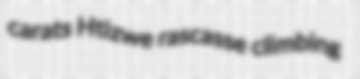
carats Htizwe rascasse climbing